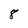
Character: 8